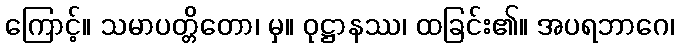
ကြောင့်။ သမာပတ္တိတော၊ မှ။ ဝုဋ္ဌာနဿ၊ ထခြင်း၏။ အပရဘာဂေ၊